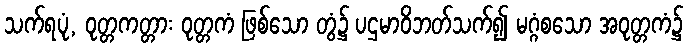
သက်ရပုံ, ဝုတ္တကတ္တား ဝုတ္တကံ ဖြစ်သော တွံ၌ ပဌမာဝိဘတ်သက်၍ မဂ္ဂံစသော အဝုတ္တကံ၌